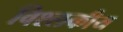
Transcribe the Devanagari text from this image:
विश्लकीय